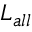
\boldsymbol { L } _ { a l l }